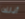
أذلك